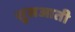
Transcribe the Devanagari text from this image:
शुसआती